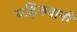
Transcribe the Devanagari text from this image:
पहिलवानी